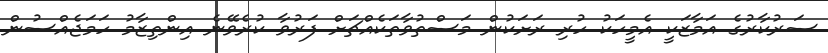
ސަރުކާރުގެ އަމާޒަކީ އެމީހަކު ހުރި ރަށަކުން މަސްތުވާތަކެއްޗަށް ފަރުވާ ކުރެވޭނެ އިންތިޒާމު ހަމަޖެއްސުން